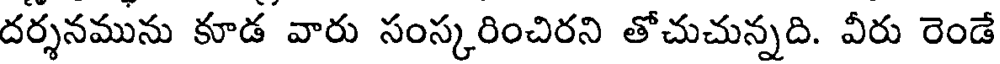
దర్శనమును కూడ వారు సంస్కరించిరని తోచుచున్నది. వీరు రెండే